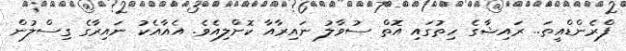
ފްރެންޑްއީތަ.. ރައިޝާގެ ހިތުގައި އޮތް ސުވާލު ނައިރާއާ ކޮށްލިއެވެ. އެއާއެކު ނައިރާގެ ގިސްލުން